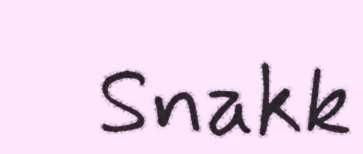
Snakk